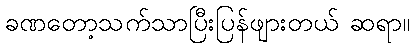
ခဏတော့သက်သာပြီးပြန်ဖျားတယ် ဆရာ။